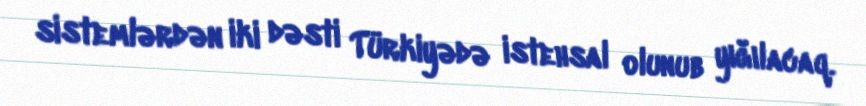
sistemlərdən iki dəsti Türkiyədə istehsal olunub yığılacaq.